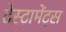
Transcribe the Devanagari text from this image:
टेस्टामेंट्स